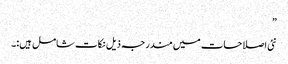
”
نئی اصلاحات میں مندرجہ ذیل نکات شامل ہیں:۔